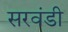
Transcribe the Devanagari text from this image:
सरवंडी